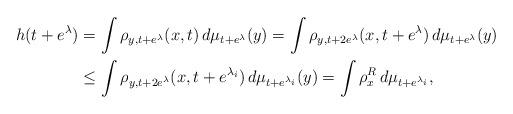
LaTeX: \begin{align*}h(t+e^\lambda )&= \int \rho _{y,t+e^\lambda } (x,t) \, d\mu _{t+e^\lambda} (y)= \int \rho _{y,t+2 e^\lambda } (x,t+e^\lambda ) \, d\mu _{t+e ^\lambda} (y)\\& \leq \int \rho _{y,t+2 e^\lambda } (x,t+e^{\lambda _i} ) \, d\mu _{t+e ^{\lambda_i} } (y)= \int \rho ^R _x \, d\mu _{t+e^{\lambda _i}},\end{align*}